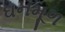
ઘનમૂળ